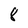
Character: 8